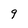
Character: q